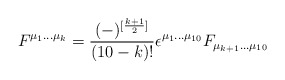
\begin{align*}F^{\mu_1...\mu_k} = {(-)^{[{k+1\over 2}]}\over (10-k)!} \epsilon^{\mu_1...\mu_{10}} F_{\mu_{k+1}...\mu_{10}}\end{align*}